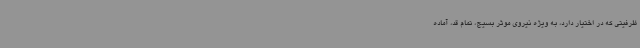
ظرفیتی که در اختیار دارد، به ویژه نیروی موثر بسیج، تمام قد، آماده